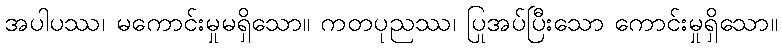
အပါပဿ၊ မကောင်းမှုမရှိသော။ ကတပုညဿ၊ ပြုအပ်ပြီးသော ကောင်းမှုရှိသော။